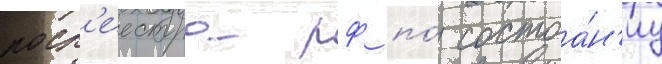
роср'еестра рф по́ состоа́н'иу